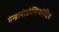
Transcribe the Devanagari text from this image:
मेम्ब्रानोप्रोलिफरेटिव